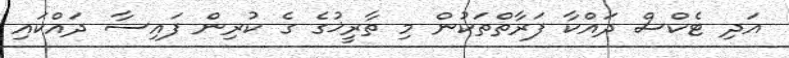
އަދި ޓެކްސް ދައްކާ ފަރާތްތަކުން މި ތާރީޚުގެ ގެ ކުރިން ފައިސާ ދައްކައި